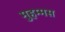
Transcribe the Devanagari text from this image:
मुहम्मस